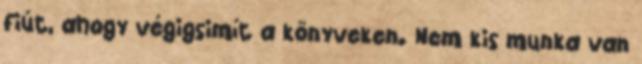
fiút, ahogy végigsimít a könyveken. Nem kis munka van